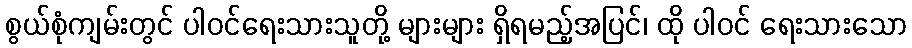
စွယ်စုံကျမ်းတွင် ပါဝင်ရေးသားသူတို့ များများ ရှိရမည့်အပြင်၊ ထို ပါဝင် ရေးသားသော